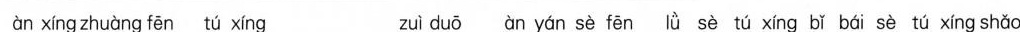
àn xíng zhuàng fēn tú xíng zuì duō àn yán sè fēn lǜ sè tú xing bǐ bái sè tú xíng shǎo